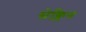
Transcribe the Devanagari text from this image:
सेक्लिन